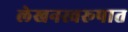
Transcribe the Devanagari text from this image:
लेखनस्वरूपात